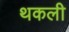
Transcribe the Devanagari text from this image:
थकली